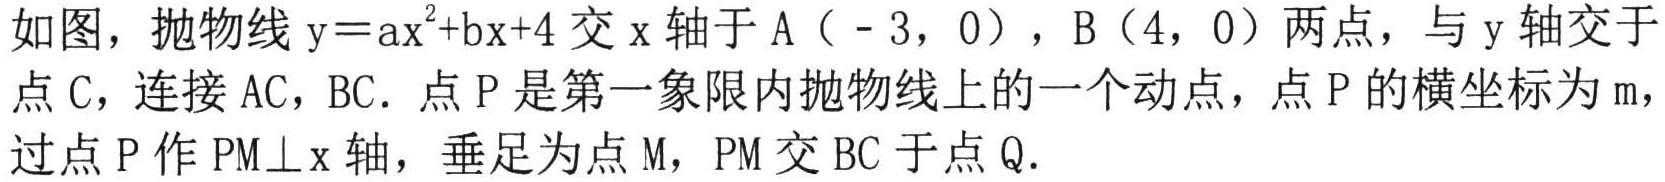
如图，抛物线\(y = ax^{2}+bx + 4\)交\(x\)轴于\(A（ - 3,0）\)，\(B（4,0）\)两点，与\(y\)轴交于
点\(C\)，连接\(AC\)，\(BC\)．点\(P\)是第一象限内抛物线上的一个动点，点\(P\)的横坐标为\(m\)，
过点\(P\)作\(PM\perp x\)轴，垂足为点\(M\)，\(PM\)交\(BC\)于点\(Q\)．